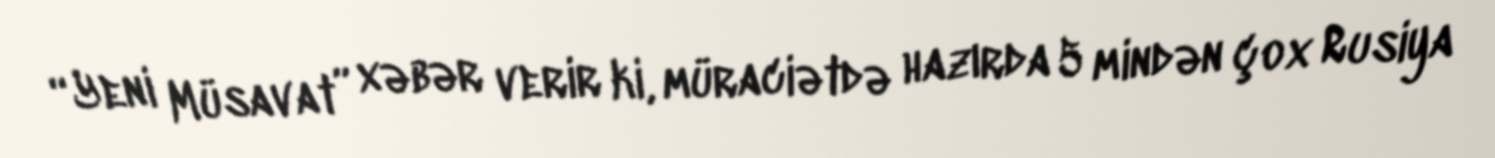
“Yeni Müsavat” xəbər verir ki, müraciətdə hazırda 5 mindən çox Rusiya